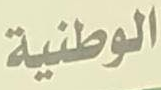
الوطنية